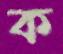
ক